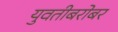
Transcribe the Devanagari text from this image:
युवतीबरोबर